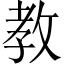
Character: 教